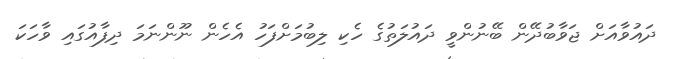
ދައުވާއަށް ޖަވާބުދޭން ބޭނުންވީ ދައުލަތުގެ ހެކި ލިބުމަށްފަހު އެހެން ނޫންނަމަ ދިފާއުގައި ވާހަކަ